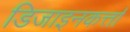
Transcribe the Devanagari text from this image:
डिजाइनकर्त्ता